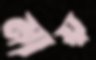
মায়